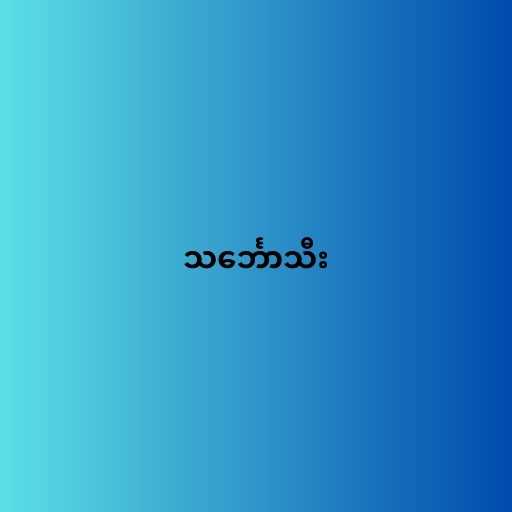
သင်္ဘောသီး